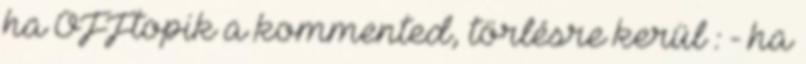
ha OFFtopik a kommented, törlésre kerül : - ha